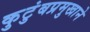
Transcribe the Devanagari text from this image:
कुटुंबप्रमुखाने